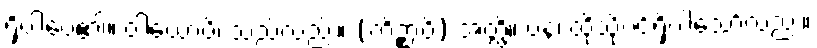
ရှိပါပေ၏။ ဝါယောပိ၊ သည်လည်း။ (ကိဉ္စာပိ) အတ္ထိ။ ပန၊ ထိုသို့ပင်ရှိပါသော်လည်း။